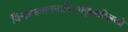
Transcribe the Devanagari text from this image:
विश्वप्रख्यातनाडिंधमकुलतिलको